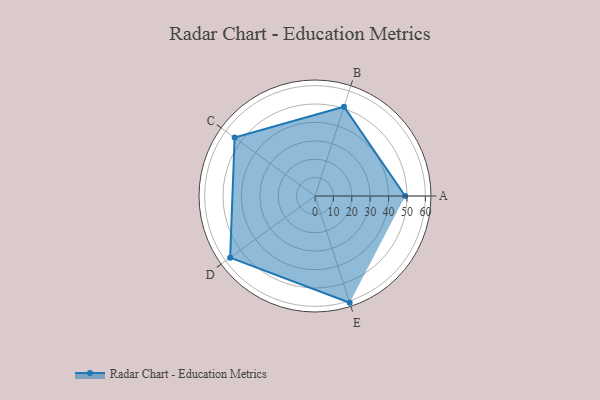
{"axis": {"x": "Skill", "y": "Score"}, "legend": ["Profile"], "data": [{"x": "A", "y": 49.0, "type": "Profile"}, {"x": "B", "y": 51.0, "type": "Profile"}, {"x": "C", "y": 54.0, "type": "Profile"}, {"x": "D", "y": 57.0, "type": "Profile"}, {"x": "E", "y": 61.0, "type": "Profile"}]}